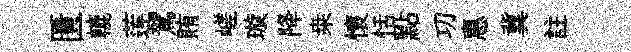
匱轆莲駕賄嵯璇降桒懷恬點㓛惠冀註